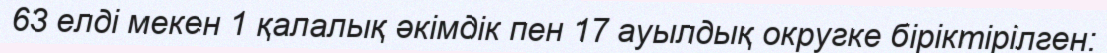
63 елді мекен 1 қалалық әкімдік пен 17 ауылдық округке біріктірілген: